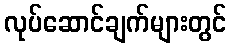
လုပ်ဆောင်ချက်များတွင်